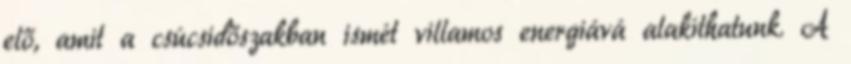
elő, amit a csúcsidőszakban ismét villamos energiává alakíthatunk. A